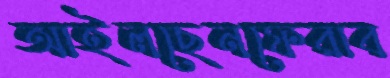
আইলছেনফেরাব